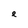
Character: e